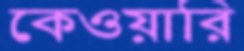
কেওয়ারি